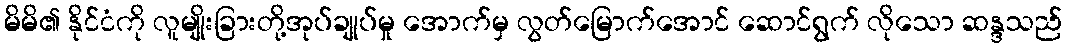
မိမိ၏ နိုင်ငံကို လူမျိုးခြားတို့အုပ်ချုပ်မှု အောက်မှ လွတ်မြောက်အောင် ဆောင်ရွက် လိုသော ဆန္ဒသည်